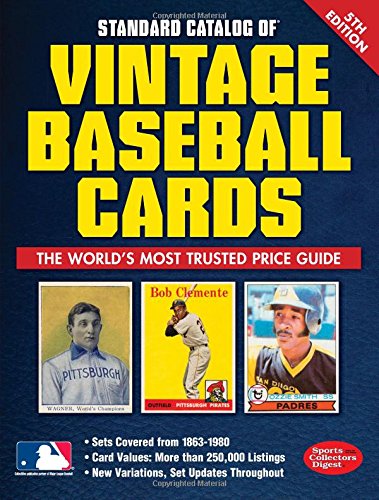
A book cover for Standard Catalog of Vintage Baseball Cards; Sports Collector's Digest; Crafts, Hobbies & Home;